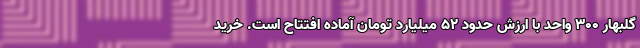
گلبهار ۳۰۰ واحد با ارزش حدود ۵۲ میلیارد تومان آماده افتتاح است. خرید